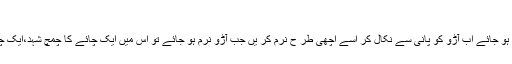
آڑو کا ما سک
درمیانے سا ئز کا آڑو لے کر اسے اتنا ابالیں کہ وہ نر م ہو جائے اب آڑو کو پانی سے نکال کر اسے اچھی طر ح نرم کر یں جب آڑو نرم ہو جائے تو اس میں ایک چائے کا چمچ شہد،ایک چائے کا چمچ جو کا آٹا ملا کر اچھی طر ح مکس کر یں۔